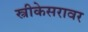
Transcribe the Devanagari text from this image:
स्त्रीकेसरावर